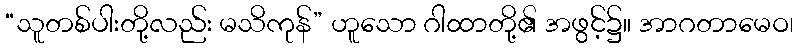
“သူတစ်ပါးတို့လည်း မသိကုန်” ဟူသော ဂါထာတို့၏ အဖွင့်၌။ အာဂတာမေဝ၊